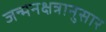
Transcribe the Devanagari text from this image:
जन्मनक्षत्रानुसार